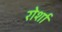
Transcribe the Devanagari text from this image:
रोर्शा